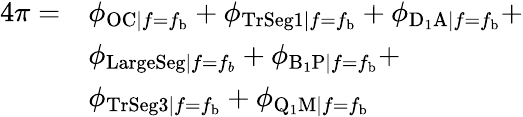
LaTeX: \begin{array}{rl}{4\pi=}&{\phi_{\mathrm{OC}|f=f_{\mathrm{b}}}+\phi_{\mathrm{TrSeg1}|f=f_{\mathrm{b}}}+\phi_{\mathrm{D_{1}A}|f=f_{\mathrm{b}}}+}\\ &{\phi_{\mathrm{LargeSeg}|f=f_{b}}+\phi_{\mathrm{B_{1}P}|f=f_{\mathrm{b}}}+}\\ &{\phi_{\mathrm{TrSeg3}|f=f_{\mathrm{b}}}+\phi_{\mathrm{Q_{1}M}|f=f_{\mathrm{b}}}}\end{array}